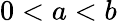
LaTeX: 0<a<b